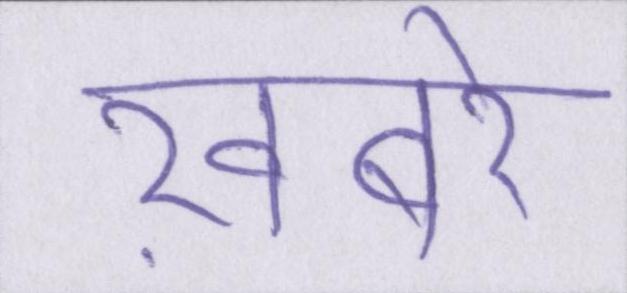
ख़बरें